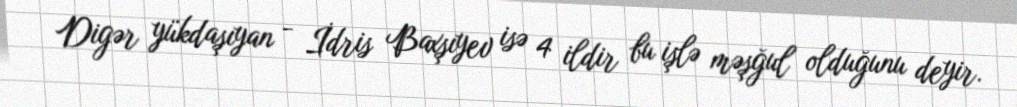
Digər yükdaşıyan - İdris Baxşıyev isə 4 ildir bu işlə məşğul olduğunu deyir.